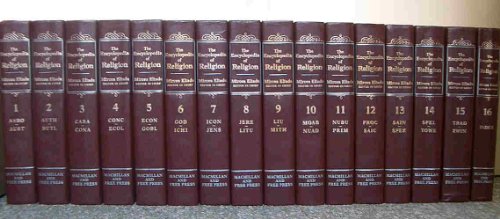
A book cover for Encyclopedia of Religion: 16 Volume Set; Reference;